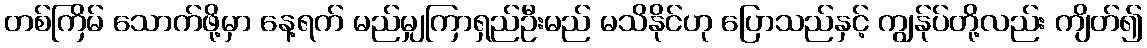
တစ်ကြိမ် သောက်ဖို့မှာ နေ့ရက် မည်မျှကြာရှည်ဦးမည် မသိနိုင်ဟု ပြောသည်နှင့် ကျွန်ုပ်တို့လည်း ကျိတ်၍